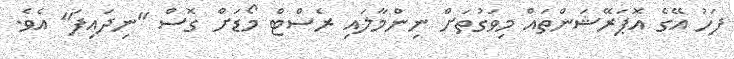
ފަހު އޭގެ އޮޕަރޭޝަންތައް މިވަގުތަށް ނިންމާލައި ރެސްޓް މޯޑަށް ގޮސް "ނިދައިފަ" އެވެ.